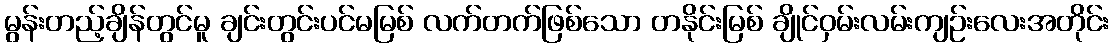
မွန်းတည့်ချိန်တွင်မူ ချင်းတွင်းပင်မမြစ် လက်တက်ဖြစ်သော တနိုင်းမြစ် ချိုင်ဝှမ်းလမ်းကျဉ်းလေးအတိုင်း